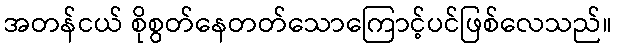
အတန်ငယ် စိုစွတ်နေတတ်သောကြောင့်ပင်ဖြစ်လေသည်။